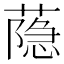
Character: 𦻕